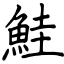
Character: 鮭